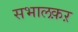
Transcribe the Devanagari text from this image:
सभालक़ऱ